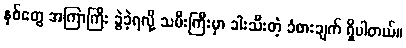
နှစ်တွေ အကြာကြီး ခွဲခဲ့ရလို့ သမီးကြီးမှာ ခါးသီးတဲ့ ခံစားချက် ရှိပါတယ်။